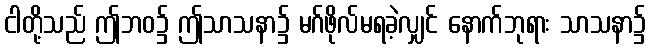
ငါတို့သည် ဤဘဝ၌ ဤသာသနာ၌ မဂ်ဖိုလ်မရခဲ့လျှင် နောက်ဘုရား သာသနာ၌